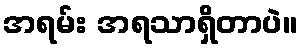
အရမ်း အရသာရှိတာပဲ။